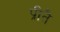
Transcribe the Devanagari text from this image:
प्रीतै